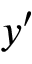
y ^ { \prime }